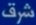
شرف